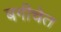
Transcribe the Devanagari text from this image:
बगीचेत